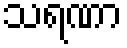
သရဏာ